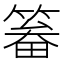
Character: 𱸛